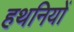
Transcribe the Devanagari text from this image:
हथनियों